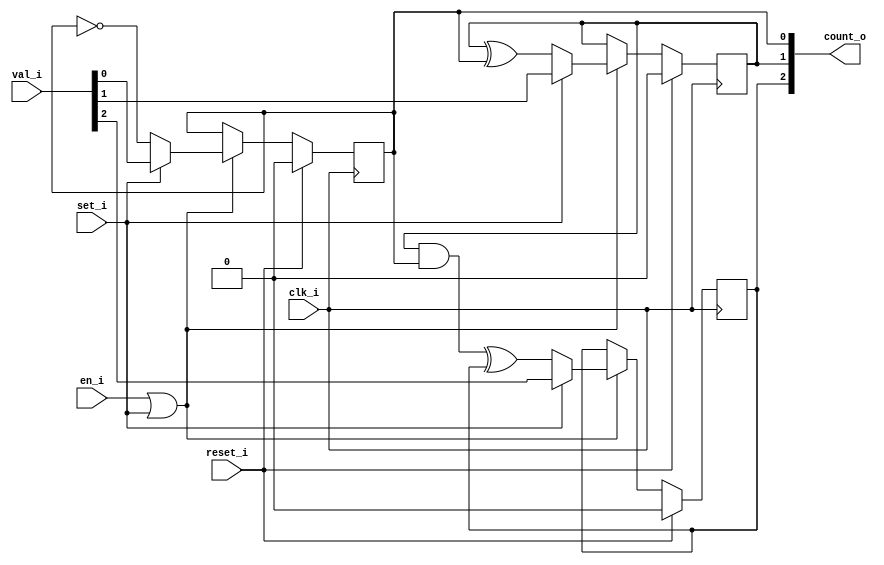
// This program was cloned from: https://github.com/chipsalliance/synlig
// License: Apache License 2.0

/* Generated by Yosys 0.27+9 (git sha1 101d19bb6, gcc 11.2.0-7ubuntu2 -fPIC -Os) */

(* top =  1  *)

module bsg_counter_set_en(clk_i, reset_i, set_i, en_i, val_i, count_o);
  wire _00_;
  wire _01_;
  wire _02_;
  wire _03_;
  wire _04_;
  wire _05_;
  wire _06_;
  wire _07_;
  
  input clk_i;
  wire clk_i;
  
  output [2:0] count_o;
  reg [2:0] count_o;
  
  input en_i;
  wire en_i;
  
  input reset_i;
  wire reset_i;
  
  input set_i;
  wire set_i;
  
  input [2:0] val_i;
  wire [2:0] val_i;
  assign _00_ = en_i | set_i;
  assign _01_ = ~count_o[0];
  assign _05_ = set_i ? val_i[0] : _01_;
  assign _02_ = count_o[1] ^ count_o[0];
  assign _06_ = set_i ? val_i[1] : _02_;
  assign _03_ = count_o[1] & count_o[0];
  assign _04_ = _03_ ^ count_o[2];
  assign _07_ = set_i ? val_i[2] : _04_;
  (* \always_ff  = 32'd1 *)
  
  always @(posedge clk_i)
    if (reset_i) count_o[0] <= 1'h0;
    else if (_00_) count_o[0] <= _05_;
  (* \always_ff  = 32'd1 *)
  
  always @(posedge clk_i)
    if (reset_i) count_o[1] <= 1'h0;
    else if (_00_) count_o[1] <= _06_;
  (* \always_ff  = 32'd1 *)
  
  always @(posedge clk_i)
    if (reset_i) count_o[2] <= 1'h0;
    else if (_00_) count_o[2] <= _07_;
endmodule